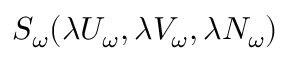
S _ { \omega } ( \lambda U _ { \omega } , \lambda V _ { \omega } , { \lambda N _ { \omega } } )